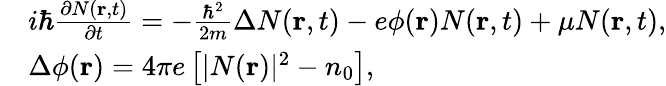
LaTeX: \begin{array}{rl}&{i\hbar\frac{{\partial N({\mathbf{r}},t)}}{{\partial t}}=-\frac{{{\hbar^{2}}}}{{2m}}\Delta N({\mathbf{r}},t)-e\phi({\mathbf{r}})N({\mathbf{r}},t)+\mu N({\mathbf{r}},t),}\\ &{\Delta\phi({\mathbf{r}})=4\pi e\left[{|N({\mathbf{r}}){|^{2}}-{n_{0}}}\right],}\end{array}